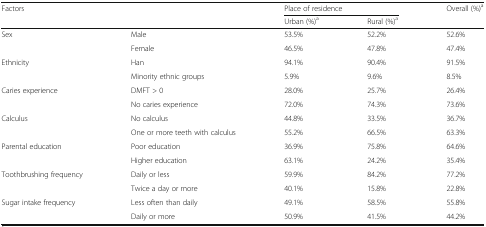
| <ROWSPAN=2-COLSPAN=2> Factors | <COLSPAN=2> Place of residence | Overall (%)a |
 | Urban (%)a | Rural (%)a |  |
 | --- | --- | --- | --- | --- |
 | <ROWSPAN=2> Sex | Male | 53.5% | 52.2% | 52.6% |
 | Female | 46.5% | 47.8% | 47.4% |
 | <ROWSPAN=2> Ethnicity | Han | 94.1% | 90.4% | 91.5% |
 | Minority ethnic groups | 5.9% | 9.6% | 8.5% |
 | <ROWSPAN=2> Caries experience | DMFT > 0 | 28.0% | 25.7% | 26.4% |
 | No caries experience | 72.0% | 74.3% | 73.6% |
 | <ROWSPAN=2> Calculus | No calculus | 44.8% | 33.5% | 36.7% |
 | One or more teeth with calculus | 55.2% | 66.5% | 63.3% |
 | <ROWSPAN=2> Parental education | Poor education | 36.9% | 75.8% | 64.6% |
 | Higher education | 63.1% | 24.2% | 35.4% |
 | <ROWSPAN=2> Toothbrushing frequency | Daily or less | 59.9% | 84.2% | 77.2% |
 | Twice a day or more | 40.1% | 15.8% | 22.8% |
 | <ROWSPAN=2> Sugar intake frequency | Less often than daily | 49.1% | 58.5% | 55.8% |
 | Daily or more | 50.9% | 41.5% | 44.2% |